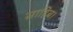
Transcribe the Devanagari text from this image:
साहिब।